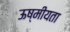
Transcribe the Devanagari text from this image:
ऊष्मीयता